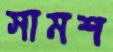
সামশ